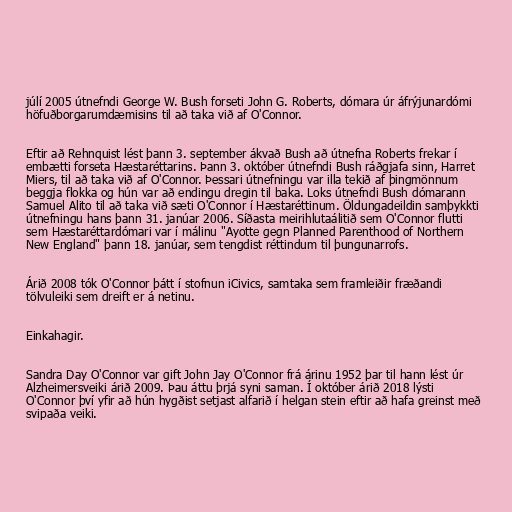
júlí 2005 útnefndi George W. Bush forseti John G. Roberts, dómara úr áfrýjunardómi
höfuðborgarumdæmisins til að taka við af O'Connor.

Eftir að Rehnquist lést þann 3. september ákvað Bush að útnefna Roberts frekar í
embætti forseta Hæstaréttarins. Þann 3. október útnefndi Bush ráðgjafa sinn, Harret
Miers, til að taka við af O'Connor. Þessari útnefningu var illa tekið af þingmönnum
beggja flokka og hún var að endingu dregin til baka. Loks útnefndi Bush dómarann
Samuel Alito til að taka við sæti O'Connor í Hæstaréttinum. Öldungadeildin samþykkti
útnefningu hans þann 31. janúar 2006. Síðasta meirihlutaálitið sem O'Connor flutti
sem Hæstaréttardómari var í málinu "Ayotte gegn Planned Parenthood of Northern
New England" þann 18. janúar, sem tengdist réttindum til þungunarrofs.

Árið 2008 tók O'Connor þátt í stofnun iCivics, samtaka sem framleiðir fræðandi
tölvuleiki sem dreift er á netinu.

Einkahagir.

Sandra Day O'Connor var gift John Jay O'Connor frá árinu 1952 þar til hann lést úr
Alzheimersveiki árið 2009. Þau áttu þrjá syni saman. Í október árið 2018 lýsti
O'Connor því yfir að hún hygðist setjast alfarið í helgan stein eftir að hafa greinst með
svipaða veiki.